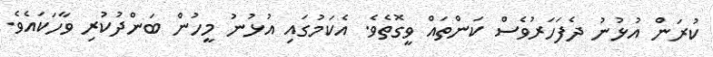
ކުރަން އުޅުނު ދެފަހަރުވެސް ކަންތައް ވީގޮތެވެ. އެކަމުގައި އުޅުނު މީހުން ބަންދުކުރި ވާހަކައެވެ.